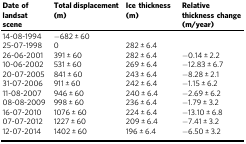
| Date of landsat scene | Total displacement (m) | Ice thickness (m) | Relative thickness change (m/year) |
 | --- | --- | --- | --- |
 | 14-08-1994 | −682 ± 60 |  |  |
 | 25-07-1998 | 0 | 282 ± 6.4 |  |
 | 26-06-2001 | 391 ± 60 | 282 ± 6.4 | −0.14 ± 2.2 |
 | 10-06-2002 | 531 ± 60 | 269 ± 6.4 | −12.83 ± 6.7 |
 | 20-07-2005 | 841 ± 60 | 243 ± 6.4 | −8.28 ± 2.1 |
 | 31-07-2006 | 911 ± 60 | 242 ± 6.4 | −1.15 ± 6.2 |
 | 11-08-2007 | 946 ± 60 | 240 ± 6.4 | −2.69 ± 6.2 |
 | 08-08-2009 | 998 ± 60 | 236 ± 6.4 | −1.79 ± 3.2 |
 | 16-07-2010 | 1076 ± 60 | 224 ± 6.4 | −13.10 ± 6.8 |
 | 07-07-2012 | 1227 ± 60 | 209 ± 6.4 | −7.41 ± 3.2 |
 | 12-07-2014 | 1402 ± 60 | 196 ± 6.4 | −6.50 ± 3.2 |